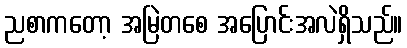
ညစာကတော့ အမြဲတစေ အပြောင်းအလဲရှိသည်။